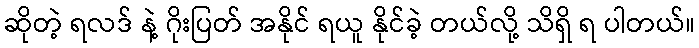
ဆိုတဲ့ ရလဒ် နဲ့ ဂိုးပြတ် အနိုင် ရယူ နိုင်ခဲ့ တယ်လို့ သိရှိ ရ ပါတယ်။